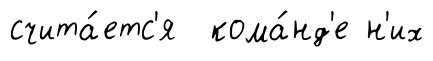
счита́етс'я кома́нд'е н'их